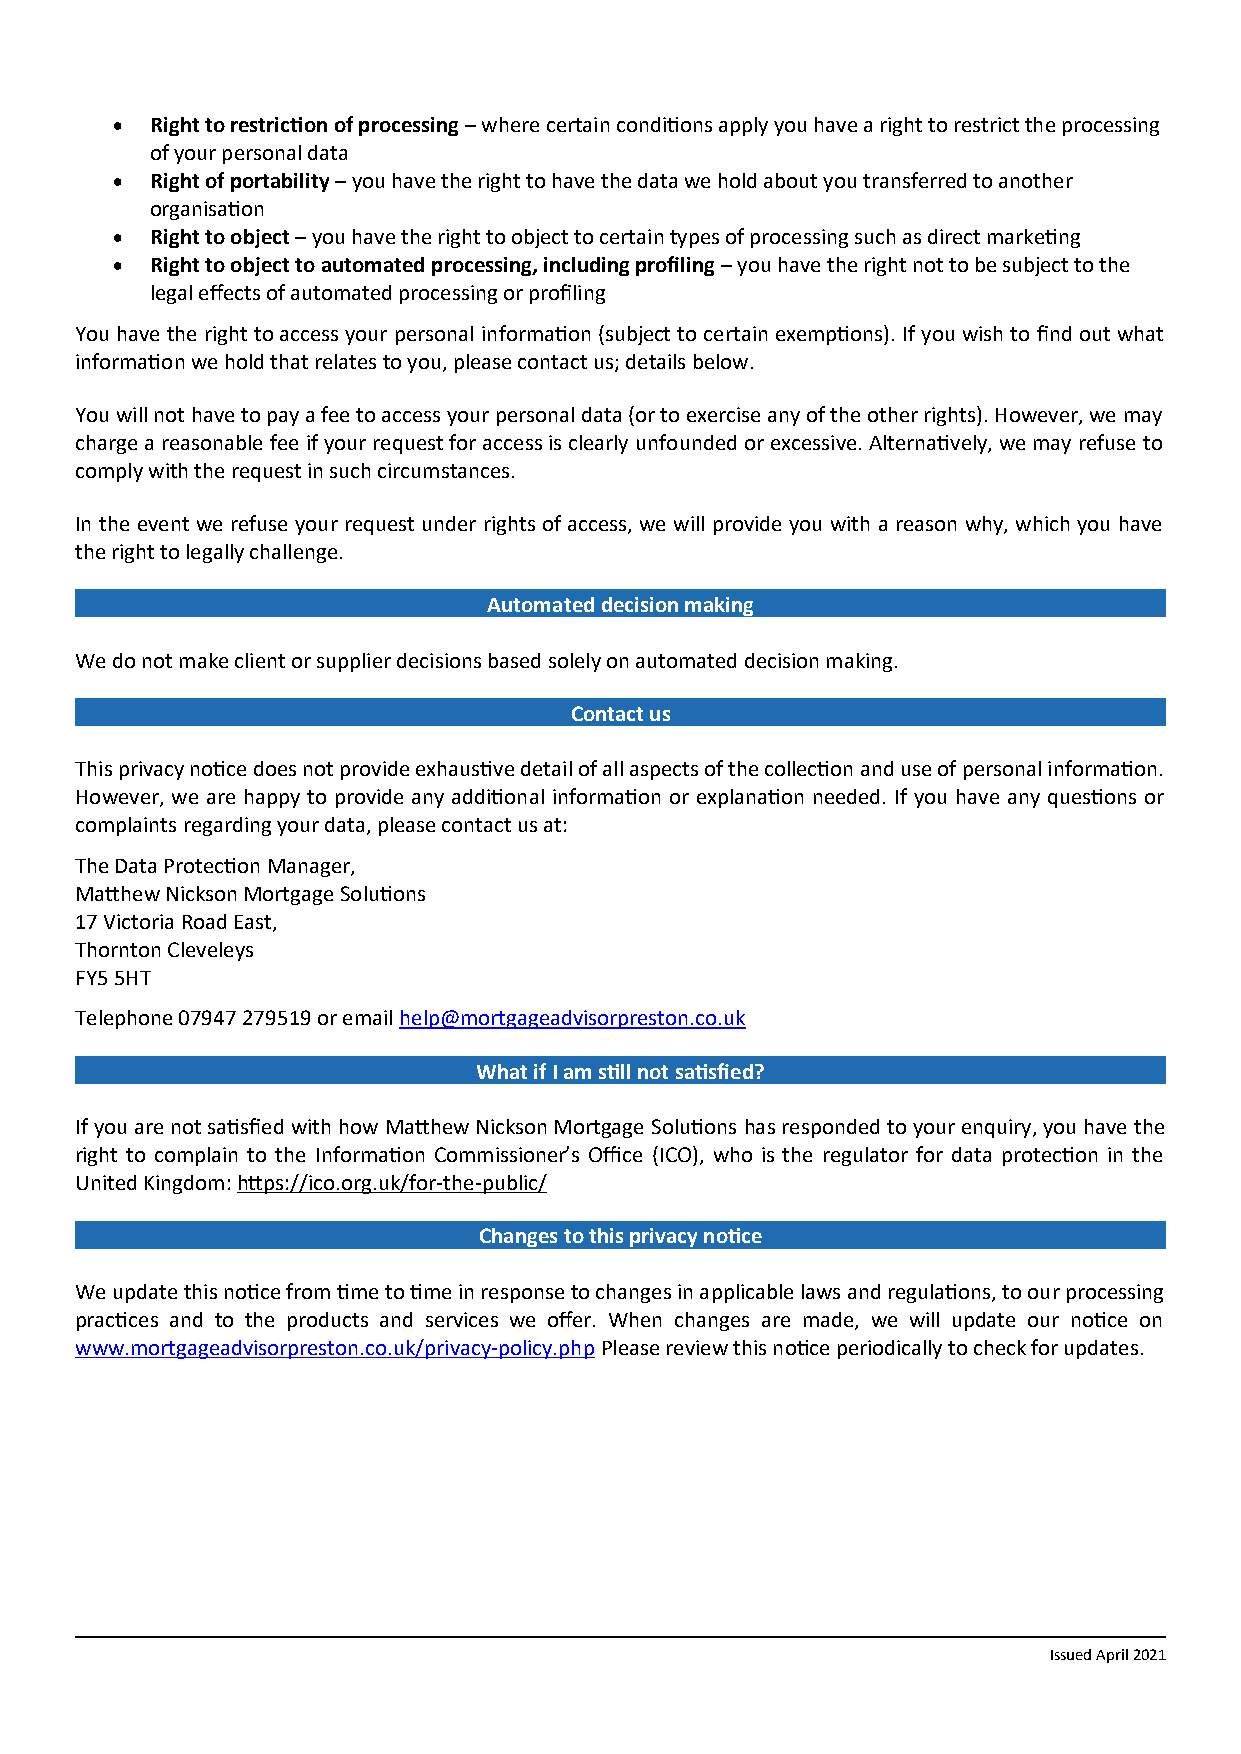
  Right to restriction of processing – where certain conditions apply you have a right to restrict the processing
 of your personal data
   Right of portability – you have the right to have the data we hold about you transferred to another
 organisation
   Right to object – you have the right to object to certain types of processing such as direct marketing
   Right to object to automated processing, including profiling – you have the right not to be subject to the
 legal effects of automated processing or profiling
 You have the right to access your personal information (subject to certain exemptions). If you wish to find out what
 information we hold that relates to you, please contact us; details below.
 You will not have to pay a fee to access your personal data (or to exercise any of the other rights). However, we may
 charge a reasonable fee if your request for access is clearly unfounded or excessive. Alternatively, we may refuse to
 comply with the request in such circumstances.
 In the event we refuse your request under rights of access, we will provide you with a reason why, which you have
 the right to legally challenge.
 Automated decision making
 We do not make client or supplier decisions based solely on automated decision making.
 Contact us
 This privacy notice does not provide exhaustive detail of all aspects of the collection and use of personal information.
 However, we are happy to provide any additional information or explanation needed. If you have any questions or
 complaints regarding your data, please contact us at:
 The Data Protection Manager,
 Matthew Nickson Mortgage Solutions
 17 Victoria Road East,
 Thornton Cleveleys
 FY5 5HT
 Telephone 07947 279519 or email help@mortgageadvisorpreston.co.uk
 What if I am still not satisfied?
 If you are not satisfied with how Matthew Nickson Mortgage Solutions has responded to your enquiry, you have the
 right to complain to the Information Commissioner’s Office (ICO), who is the regulator for data protection in the
 United Kingdom: https://ico.org.uk/for-the-public/
 Changes to this privacy notice
 We update this notice from time to time in response to changes in applicable laws and regulations, to our processing
 practices and to the products and services we offer. When changes are made, we will update our notice on
 www.mortgageadvisorpreston.co.uk/privacy-policy.php Please review this notice periodically to check for updates.
 Issued April 2021